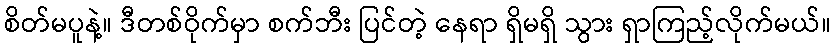
စိတ်မပူနဲ့။ ဒီတစ်ဝိုက်မှာ စက်ဘီး ပြင်တဲ့ နေရာ ရှိမရှိ သွား ရှာကြည့်လိုက်မယ်။